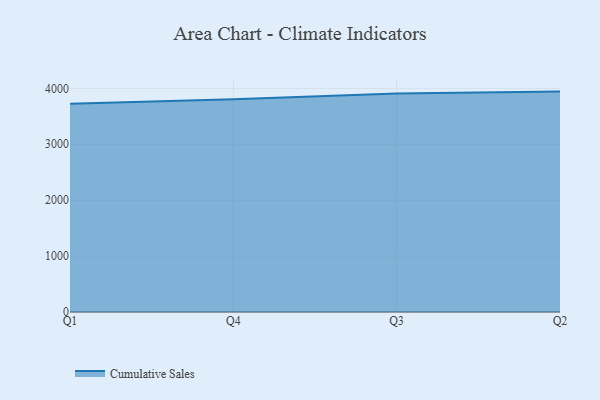
{"axis": {"x": "Quarter", "y": "Gross Profit (USD K)"}, "legend": ["Cumulative Sales"], "data": [{"x": "Q1", "y": 3726.1, "type": "Cumulative Sales"}, {"x": "Q4", "y": 3806.1, "type": "Cumulative Sales"}, {"x": "Q3", "y": 3906.5, "type": "Cumulative Sales"}, {"x": "Q2", "y": 3941.9, "type": "Cumulative Sales"}]}